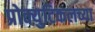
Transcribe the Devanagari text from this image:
प्रोक्युटिकलच्या